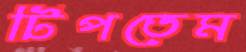
টিপতেম